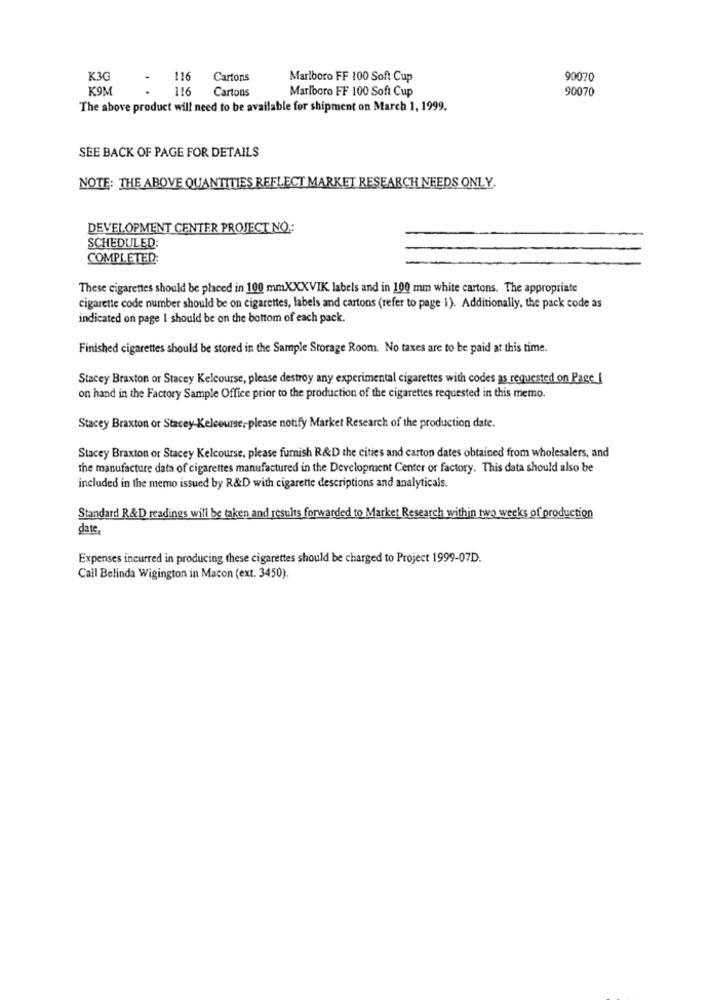
K3G
.
116
Cartons
Marlboro FF 100 Soft Cup
90070
K9M
116
Marlboro FF 100 Soft Cup
90070
Cartons
The above product will need to be available for shipment on March 1, 1999.
SEE BACK OF PAGE FOR DETAILS
NOTE: THE ABOVE QUANTITIES REFLECT MARKET RESEARCH NEEDS ONLY.
DEVELOPMENT CENTER PROJECT NO .:
SCHEDULED:
COMPLETED:
These cigarettes should be placed in 100 mmXXXVIK labels and in 100 mm white cartons. The appropriate
cigarette code number should be on cigarettes, labels and cartons (refer to page 1). Additionally, the pack code as
indicated on page I should be on the bottom of each pack.
Finished cigarettes should be stored in the Sample Storage Room. No taxes are to be paid at this time.
Stacey Braxton or Stacey Kelcourse, please destroy any experimental cigarettes with codes as requested on Page
on hand in the Factory Sample Office prior to the production of the cigarettes requested in this memo.
Stacey Braxton or Stacey-Kelcourse, please notify Market Research of the production date.
Stacey Braxton or Stacey Kelcourse, please furnish R&D the cities and carton dates obtained from wholesalers, and
the manufacture data of cigarettes manufactured in the Development Center or factory. This data should also be
included in the memo issued by R&D with cigarette descriptions and analyticals.
Standard R&D readings will be taken and results forwarded to Market Research within two weeks of production
date.
Expenses incurred in producing these cigarettes should be charged to Project 1999-07D.
Call Belinda Wigington in Macon (ext. 3450).